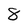
Character: 8